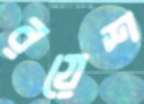
রয়েশ